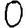
Digit: 0